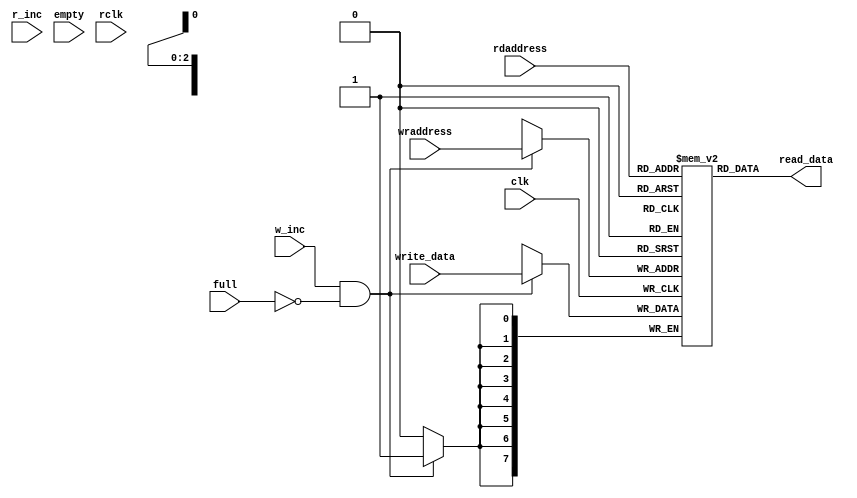
module Ram(
			input wire[7:0] write_data,
			input w_inc,
			input r_inc,
			input full,
			input empty,
			// input wire wr_full,
			// input wire rd_empty,
			input wire[2:0] wraddress,
			input wire[2:0] rdaddress,
			input wire clk,
			input wire rclk,
			output [7:0] read_data
			);

// MEM Declaration
reg[7:0] mem [0:7];

// 2 always waiting for two different clks to read and write
always @(posedge clk) begin // write
	if(w_inc && !full)
		mem[wraddress] <= write_data;
end

// always @(posedge rclk) begin // write
// 	if(r_inc && !empty)
// 		read_data <= mem[rdaddress];
// end

assign read_data = mem[rdaddress];

endmodule